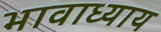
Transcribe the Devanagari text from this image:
भावाध्याय